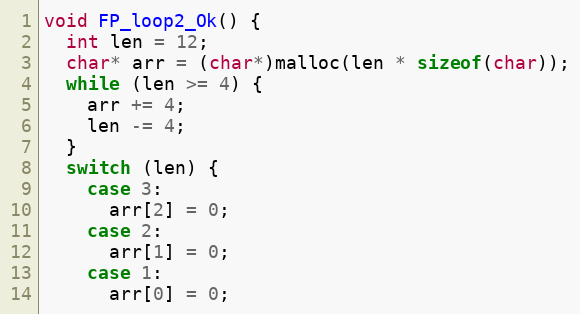
Language: C++
void FP_loop2_Ok() {
  int len = 12;
  char* arr = (char*)malloc(len * sizeof(char));
  while (len >= 4) {
    arr += 4;
    len -= 4;
  }
  switch (len) {
    case 3:
      arr[2] = 0;
    case 2:
      arr[1] = 0;
    case 1:
      arr[0] = 0;